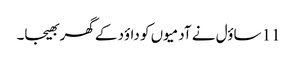
11 ساؤل نے آدمیوں کو داؤد کے گھر بھیجا۔